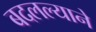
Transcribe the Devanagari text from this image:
बदलल्याने